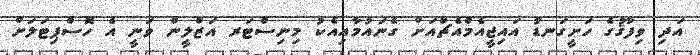
އަދި ވިފާޤުގެ ހަށީގަނޑު އައިޖީއެމްއެޗްއަށް ގެނައުމާއިއެކު މިނިސްޓަރ އަޒްލީން ވަނީ އެ ހޮސްޕިޓަލަށް